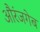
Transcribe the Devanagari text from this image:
औरंजगेब